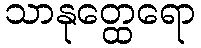
သာနုတ္ထေရော